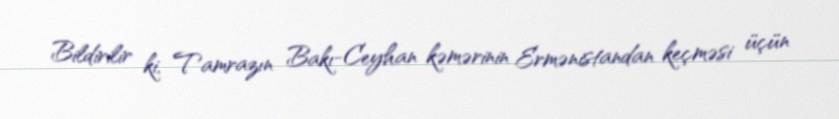
Bildirilir ki, Tamrazın Bakı-Ceyhan kəmərinin Ermənistandan keçməsi üçün